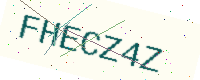
Text: FHECZ4Z